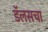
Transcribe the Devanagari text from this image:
डॅलसचा